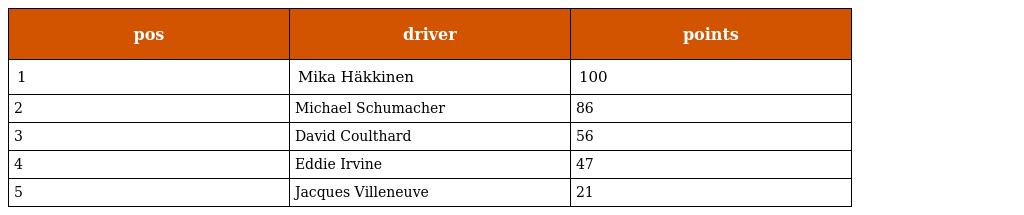
| pos | driver | points |
 | --- | --- | --- |
 | 1 | Mika Häkkinen | 100 |
 | 2 | Michael Schumacher | 86 |
 | 3 | David Coulthard | 56 |
 | 4 | Eddie Irvine | 47 |
 | 5 | Jacques Villeneuve | 21 |